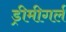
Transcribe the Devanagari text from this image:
ड्रीमीगर्ल